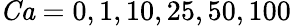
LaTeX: \mathit{Ca}=0,1,10,25,50,100